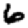
Digit: 6